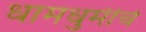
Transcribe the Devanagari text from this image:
धामधुमीचे